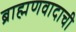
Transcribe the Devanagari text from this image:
ब्राह्मणवादाची